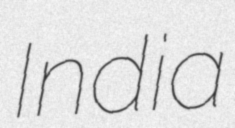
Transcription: India